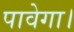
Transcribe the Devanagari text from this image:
पावेगा।